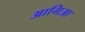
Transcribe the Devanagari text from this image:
आगिआ